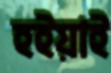
হইয়াই